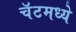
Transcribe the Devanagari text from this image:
चॅटमध्ये